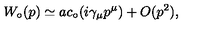
W _ { \circ } ( p ) \simeq a c _ { \circ } ( i \gamma _ { \mu } p ^ { \mu } ) + O ( p ^ { 2 } ) ,